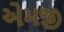
એમજી